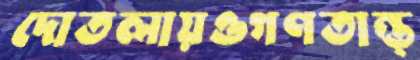
দোতলায়ওগণতান্ত্